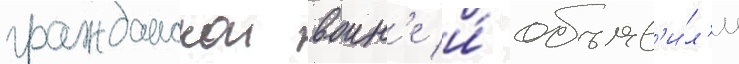
гражданскои воин'е и́ объяв'и́л'и